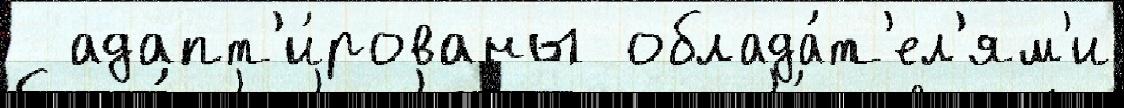
  адапт'и́рованы облада́т'ел'ям'и